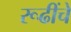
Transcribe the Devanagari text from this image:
रूढींचे